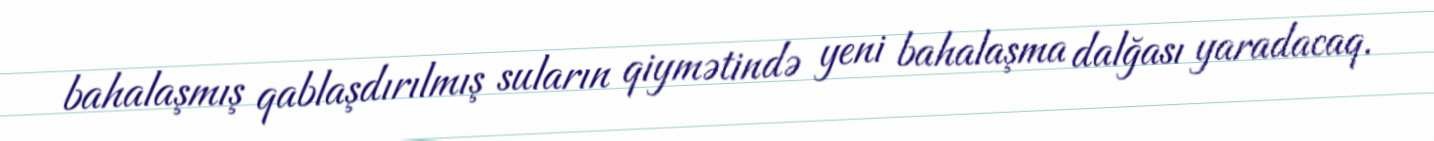
bahalaşmış qablaşdırılmış suların qiymətində yeni bahalaşma dalğası yaradacaq.